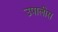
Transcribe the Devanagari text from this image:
उपालीस